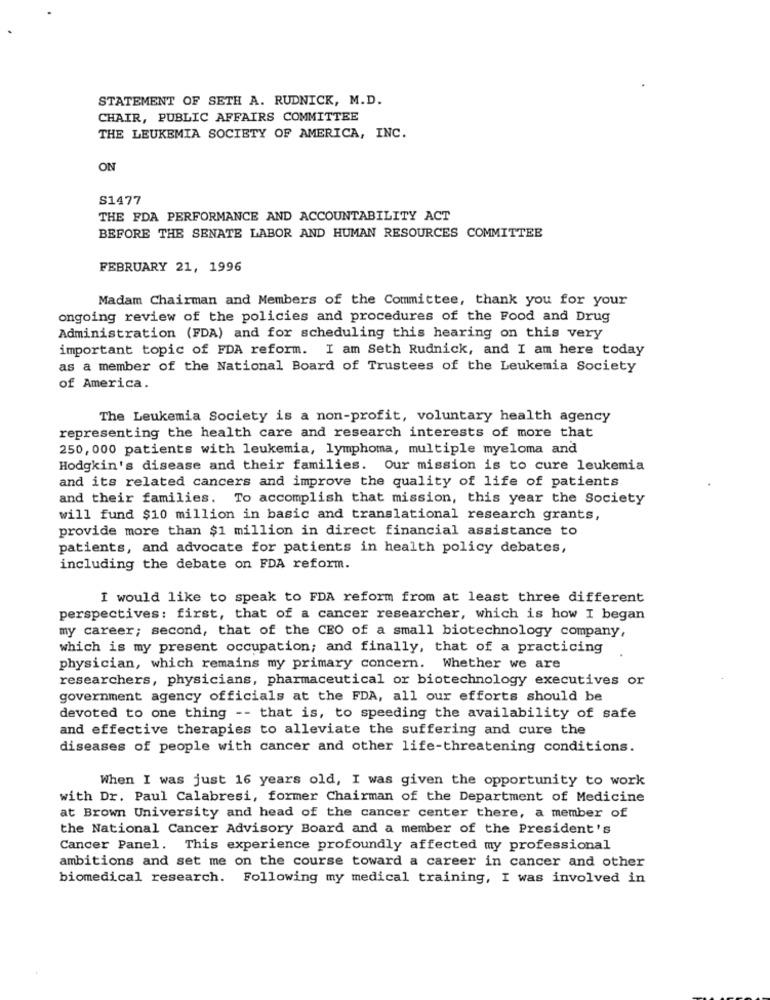
STATEMENT OF SETH A. RUDNICK, M.D.
CHAIR, PUBLIC AFFAIRS COMMITTEE
THE LEUKEMIA SOCIETY OF AMERICA, INC.
ON
S1477
THE FDA PERFORMANCE AND ACCOUNTABILITY ACT
BEFORE THE SENATE LABOR AND HUMAN RESOURCES COMMITTEE
FEBRUARY 21, 1996
Madam Chairman and Members of the Committee, thank you for your
ongoing review of the policies and procedures of the Food and Drug
Administration (FDA) and for scheduling this hearing on this very
important topic of FDA reform. I am Seth Rudnick, and I am here today
as a member of the National Board of Trustees of the Leukemia Society
of America.
The Leukemia Society is a non-profit, voluntary health agency
representing the health care and research interests of more that
250, 000 patients with leukemia, lymphoma, multiple myeloma and
Hodgkin's disease and their families. Our mission is to cure leukemia
and its related cancers and improve the quality of life of patients
and their families. To accomplish that mission, this year the Society
will fund $10 million in basic and translational research grants,
provide more than $1 million in direct financial assistance to
patients, and advocate for patients in health policy debates,
including the debate on FDA reform.
I would like to speak to FDA reform from at least three different
perspectives: first, that of a cancer researcher, which is how I began
my career; second, that of the CEO of a small biotechnology company,
which is my present occupation; and finally, that of a practicing
physician, which remains my primary concern. Whether we are
researchers, physicians, pharmaceutical or biotechnology executives or
government agency officials at the FDA, all our efforts should be
devoted to one thing -- that is, to speeding the availability of safe
and effective therapies to alleviate the suffering and cure the
diseases of people with cancer and other life-threatening conditions.
When I was just 16 years old, I was given the opportunity to work
with Dr. Paul Calabresi, former Chairman of the Department of Medicine
at Brown University and head of the cancer center there, a member of
the National Cancer Advisory Board and a member of the President's
Cancer Panel. This experience profoundly affected my professional
ambitions and set me on the course toward a career in cancer and other
biomedical research. Following my medical training, I was involved in